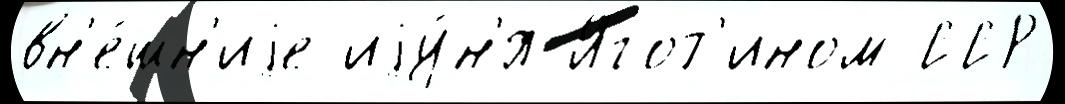
вн'е́шн'иjе иjу́н'я Ягот'ином ССР